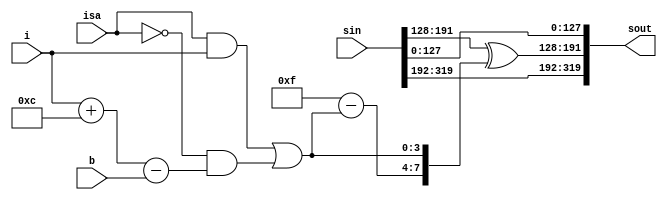
`timescale 1ns / 1ps
//////////////////////////////////////////////////////////////////////////////////
// Company: 
// Engineer: 
// 
// Design Name: 
// Module Name: PCaddconstant
// Project Name: 
// Target Devices: 
// Tool Versions: 
// Description: 
// 
// Dependencies: 
// 
// Revision:
// Revision 0.01 - File Created
// Additional Comments:
// 
//////////////////////////////////////////////////////////////////////////////////


module PCaddconstant(sin,i,isa,b,sout

    );
    input [319:0]sin;input[3:0]i;input [3:0]isa;input [3:0]b;
    output [319:0] sout;wire[3:0] ir;
    assign ir=isa&i|(~isa)&(i+12-b);
    wire [63:0]c;
    assign c={56'h0,4'hf-ir,ir};
 assign    sout[191:128]=sin[191:128]^c;
 assign sout[319:192]=sin[319:192];
 assign sout[127:0]=sin[127:0];
endmodule